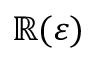
\mathbb { R } ( \varepsilon )